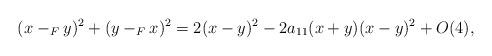
LaTeX: \begin{align*}(x-_F y)^2+(y-_F x)^2=2(x-y)^2-2a_{11}(x+y)(x-y)^2+O(4),\end{align*}